Lock hospitals Punjab
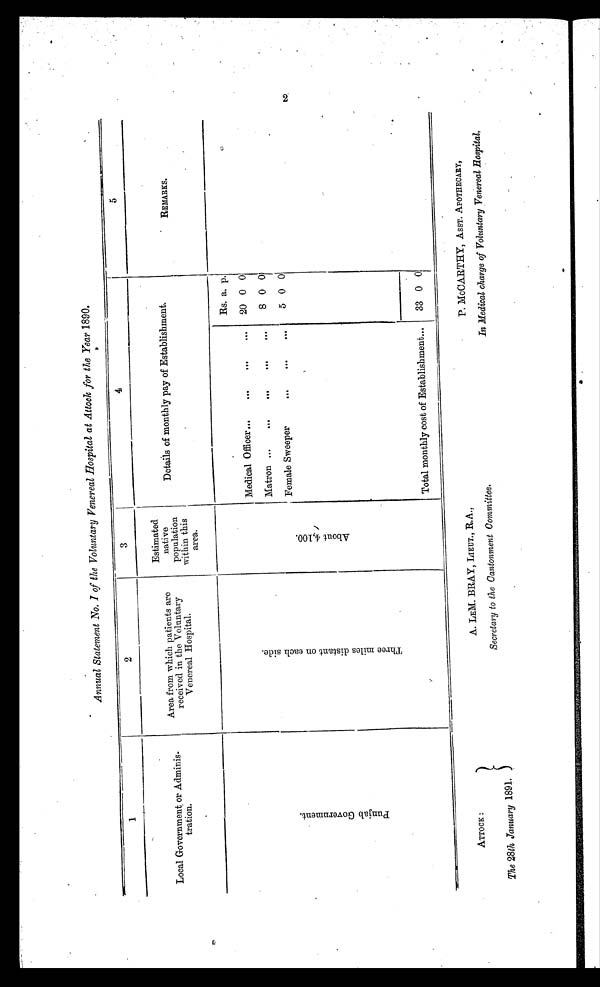
ATTOCK :
The 28th January 1891.
A. LEM. BRAY, LIEUT., R.A.,
Secretary to the Cantonment Committee.
P. McCARTHY, ASST. APOTHECARY,
In Medical charge of Voluntary Venereal Hospital.
Annual Statement No. I of the Voluntary Venereal Hospital at Attock for the Year 1890.
1
2
3
4
5
Local Government, or Adminis-
tration.
Area from which patients are
received in the Voluntary
Venereal Hospital.
Estimated
native
population
within this
area.
Details of monthly pay of Establishment.
REMARKS.
.
Rs. a. p.
Medical Officer...
...
...
...
20 0 0
P u n j a b G o v e r n m e n t .
T h r e e m i l e s d i s t a n t o n e a c h s i d e .
A b o u t 4 , 1 0 0 .
Matron ...
... . . .
. . .
. . .
8 0 0
Female Sweeper
. . . ... ...
5 0 0
Total monthly cost of Establishment...
33 0 0
2